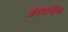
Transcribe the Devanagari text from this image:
अंडचणींना